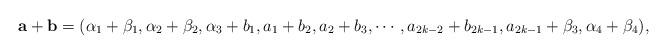
LaTeX: \begin{align*}\mathbf{a}+\mathbf{b}=(\alpha_1+\beta_1,\alpha_2+\beta_2,\alpha_3+b_1,a_1+b_2,a_2+b_3,\cdots,a_{2k-2}+b_{2k-1},a_{2k-1}+\beta_3,\alpha_4+\beta_4),\end{align*}